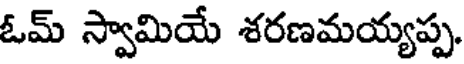
ఓమ్ స్వామియే శరణమయ్యప్ప.